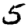
Digit: 5